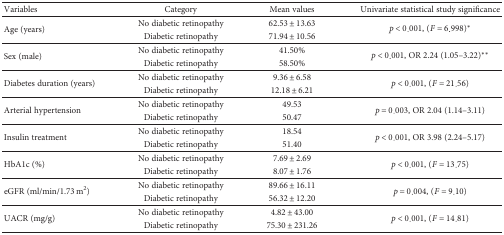
<table><thead><tr><td><b>Variables</b></td><td><b>Category</b></td><td><b>Mean values</b></td><td><b>Univariate statistical study significance</b></td></tr></thead><tbody><tr><td rowspan="2">Age (years)</td><td>No diabetic retinopathy</td><td>62.53 ± 13.63</td><td rowspan="2"><i>p</i> &lt; 0.001, (<i>F</i> = 6.998)<sup>∗</sup></td></tr><tr><td>Diabetic retinopathy</td><td>71.94 ± 10.56</td></tr><tr><td rowspan="2">Sex (male)</td><td>No diabetic retinopathy</td><td>41.50%</td><td rowspan="2"><i>p</i> &lt; 0.001, OR 2.24 (1.05–3.22)<sup>∗∗</sup></td></tr><tr><td>Diabetic retinopathy</td><td>58.50%</td></tr><tr><td rowspan="2">Diabetes duration (years)</td><td>No diabetic retinopathy</td><td>9.36 ± 6.58</td><td rowspan="2"><i>p</i> &lt; 0.001, (<i>F</i> = 21.56)</td></tr><tr><td>Diabetic retinopathy</td><td>12.18 ± 6.21</td></tr><tr><td rowspan="2">Arterial hypertension</td><td>No diabetic retinopathy</td><td>49.53</td><td rowspan="2"><i>p</i> = 0.003, OR 2.04 (1.14–3.11)</td></tr><tr><td>Diabetic retinopathy</td><td>50.47</td></tr><tr><td rowspan="2">Insulin treatment</td><td>No diabetic retinopathy</td><td>18.54</td><td rowspan="2"><i>p</i> &lt; 0.001, OR 3.98 (2.24–5.17)</td></tr><tr><td>Diabetic retinopathy</td><td>51.40</td></tr><tr><td rowspan="2">HbA1c (%)</td><td>No diabetic retinopathy</td><td>7.69 ± 2.69</td><td rowspan="2"><i>p</i> &lt; 0.001, (<i>F</i> = 13.75)</td></tr><tr><td>Diabetic retinopathy</td><td>8.07 ± 1.76</td></tr><tr><td rowspan="2">eGFR (ml/min/1.73 m<sup>2</sup>)</td><td>No diabetic retinopathy</td><td>89.66 ± 16.11</td><td rowspan="2"><i>p</i> = 0.004, (<i>F</i> = 9.10)</td></tr><tr><td>Diabetic retinopathy</td><td>56.32 ± 12.20</td></tr><tr><td rowspan="2">UACR (mg/g)</td><td>No diabetic retinopathy</td><td>4.82 ± 43.00</td><td rowspan="2"><i>p</i> &lt; 0.001, (<i>F</i> = 14.81)</td></tr><tr><td>Diabetic retinopathy</td><td>75.30 ± 231.26</td></tr></tbody></table>